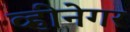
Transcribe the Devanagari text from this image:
व्हीनेगर